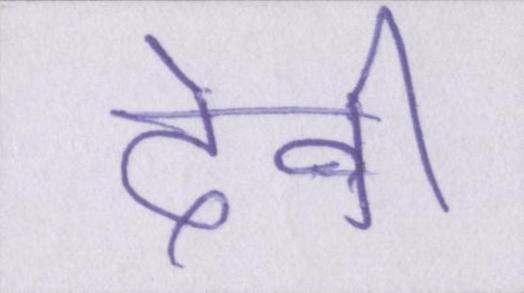
देवी